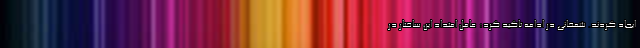
ایجاد کردند. شمخانی در ادامه تاکید کرد: عامل امتداد این ساختار در